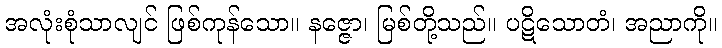
အလုံးစုံသာလျင် ဖြစ်ကုန်သော။ နဇ္ဇော၊ မြစ်တို့သည်။ ပဋိသောတံ၊ အညာကို။